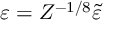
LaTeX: \varepsilon = Z ^ { - 1 / 8 } \tilde { \varepsilon }